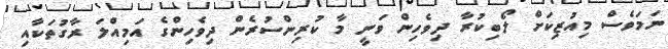
ނަމަވެސް މިއުޒިކަށް ލޯބިކުރާ ދިވެހިން ވަނީ މާ ކުރިންސުރެން ދިވެހިންގެ އަމިއްލަ ރާގުތަކާއި